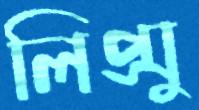
লিপ্সু